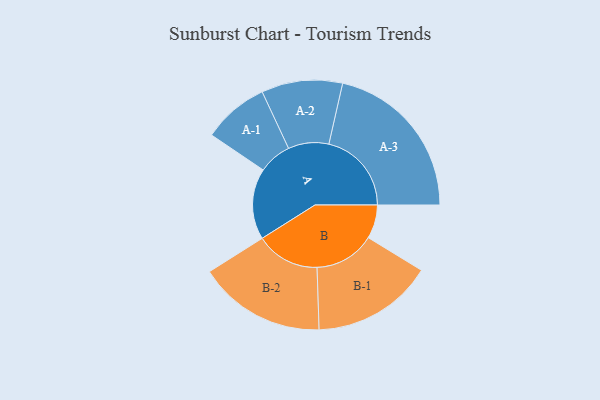
{"axis": {"x": "Segment", "y": "Value"}, "legend": ["", "A", "B"], "data": [{"x": "A", "y": 219, "type": ""}, {"x": "B", "y": 104, "type": ""}, {"x": "A-1", "y": 102, "type": "A"}, {"x": "A-2", "y": 125, "type": "A"}, {"x": "A-3", "y": 255, "type": "A"}, {"x": "B-1", "y": 187, "type": "B"}, {"x": "B-2", "y": 197, "type": "B"}]}